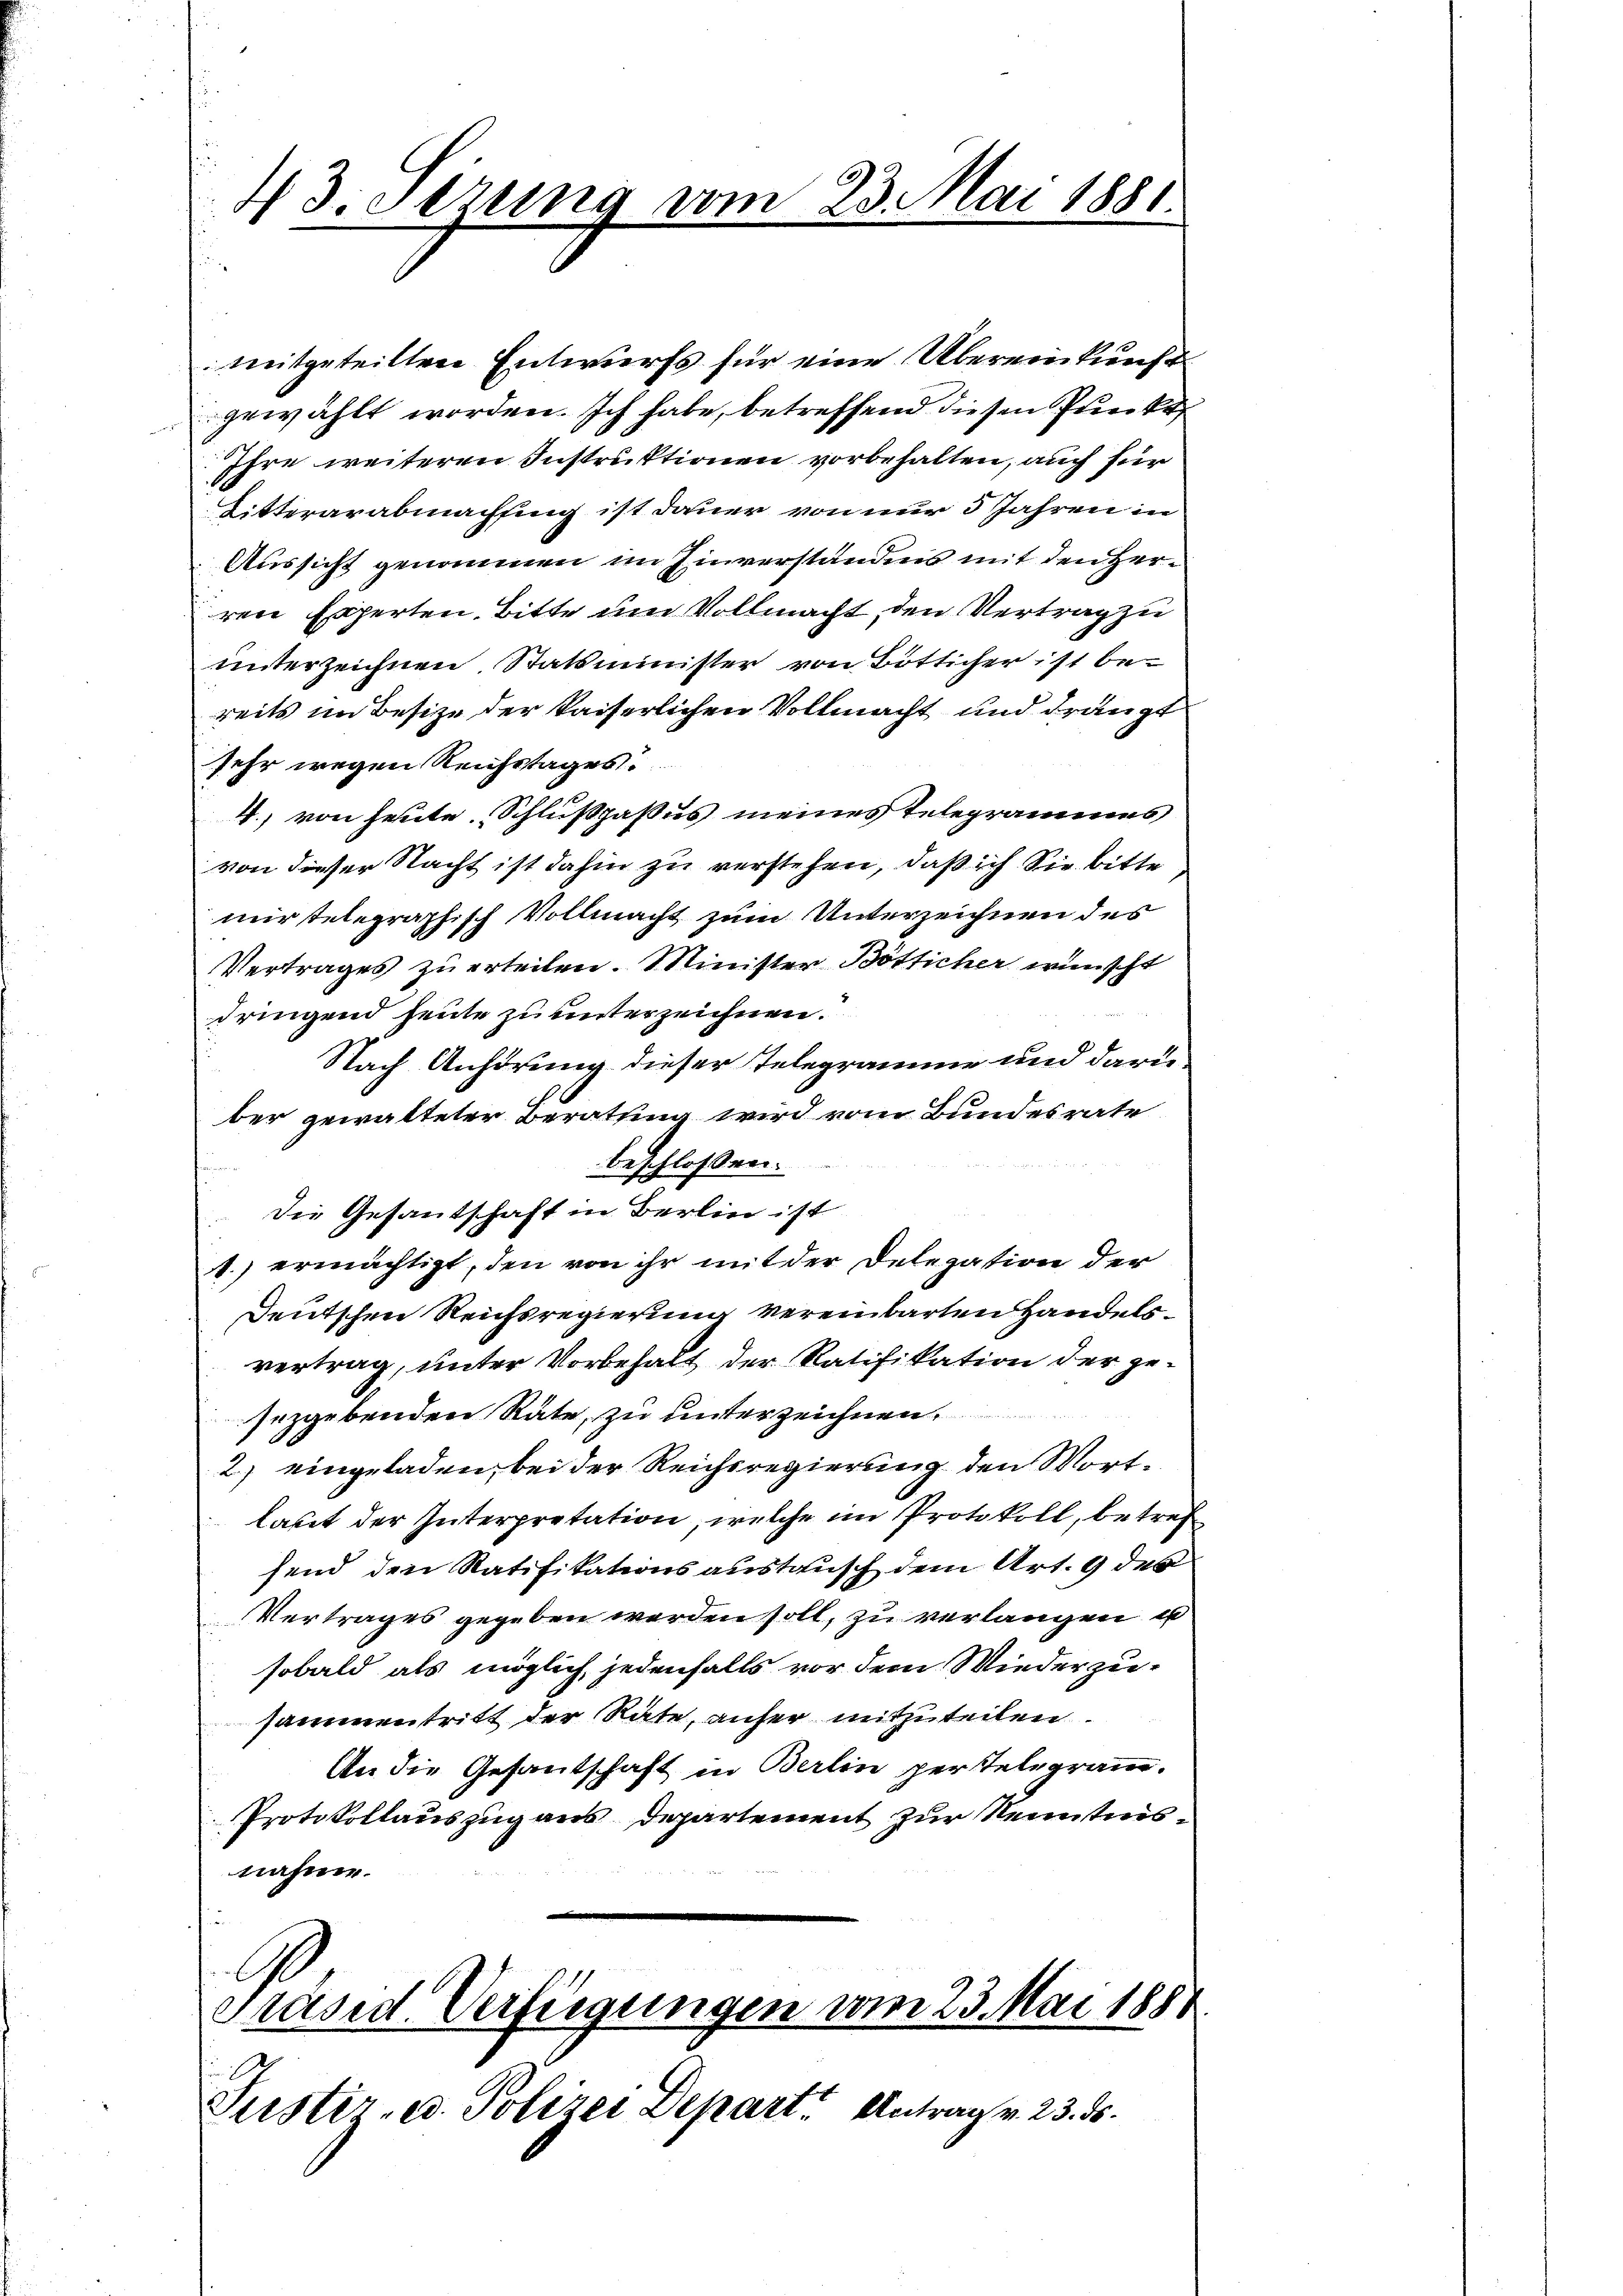
4 J. Stzung vom 23. Mai 1851

mitgeteilten Entwurfs für eine Übereinkunft
gewählt worden. Ich habe, betreffend diesen Punkt
Ihre weiteren Instruktionen vorbehalten, auch für
Litterarabmachsing ist dauer von nur 3 Jahren in
Aussicht genommen im Einverständnis mit den Herren Experten. Bitte um Vollmacht, den Vertrag zu
unterzeichnen. Statsminister von Bötticher ist be-
reits im Besize der kaiserlichen Vollmacht und drängt
sehr wegen Reichstages.
4.) von heute Schlußpassus meines Telegrammes
von dieser Nacht ist dahin zu verstehen, daß ich Sie bitte
mir telegraphisch Vollmacht zum Unterzeichnen des
Vertrages zu erteilen. Minister Bötticher wünscht
dringend heute zu unterzeichnen.
Nach Anhörung dieser Telegramme und darüber gewalteter Berathung wird vom Bundesrate
beschlossen:
Die Gesantschaft in Berlin ist
1.) ermächtigt, den von ihr mit der Delegation der
Deutschen Reichsregierung vereinbarten Handelsvertrag, unter Vorbehalt der Ratifikation der gesezgebenden Räte, zu unterzeichnen.
2) eingeladen, bei der Reichsregierung den Wortlaut der Interpretation, welche im Protokoll, betref
send den Ratifikationsaustausch dem Art. 9 des
Vertrages gegeben werden soll, zu verlangen u
sobald als möglich jedenfalls vor dem Wiederzusammentritt der Räte, anfer mitzuteilen.
An die Gesantschaft in Berlin perstelegramm.
Protokollauszug aus Departement zur Nenntnisnahme.

E
Präsid. Verfügungen vom 23. Mai 1881

Justiz- u. Polizei Depart. Antrag v. 23. ds.